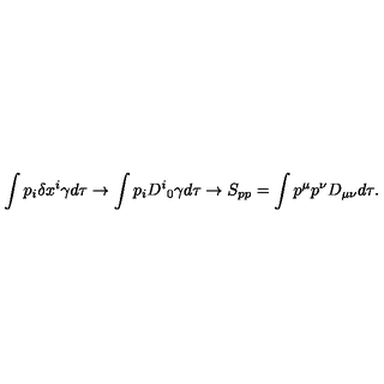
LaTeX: \int p _ { i } \delta x ^ { i } \gamma d \tau \rightarrow \int p _ { i } D ^ { i } { } _ { 0 } \gamma d \tau \rightarrow S _ { p p } = \int p ^ { \mu } p ^ { \nu } D _ { \mu \nu } { } d \tau .